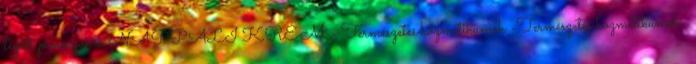
légúti panaszokra NAPPALI KRÉM - Természetes kozmetikumok -Természetes kozmetikumok-